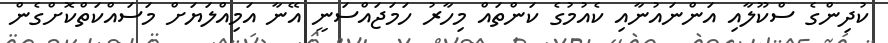
ކުދިންގެ ސްކޫލާއި އަންނައުނާއި ކެއުމުގެ ކަންތައް މިހާރު ހަމަޖައްސަނީ އޭނާ އަމިއްލަޔަށް މަސައްކަތްކޮށްގެން